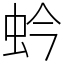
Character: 蚙